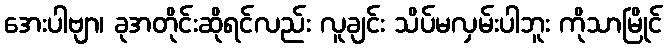
အေးပါဗျာ၊ ခုအတိုင်းဆိုရင်လည်း လူချင်း သိပ်မလှမ်းပါဘူး ကိုသာမြိုင်